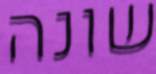
שונה